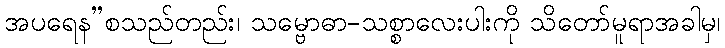
အပရေန”စသည်တည်း၊ သမ္ဗောဓာ-သစ္စာလေးပါးကို သိတော်မူရာအခါမှ၊